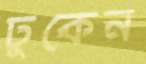
ঢুকেন